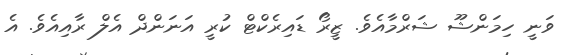
ވަނީ ހިމަންޝޫ ޝަރްމާއެވެ. ޒީރޯ ޑައިރެކްޓް ކުރީ އަނަންދް އެލް ރާއިއެވެ. އެ